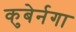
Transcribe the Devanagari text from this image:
कुबेर्नगा